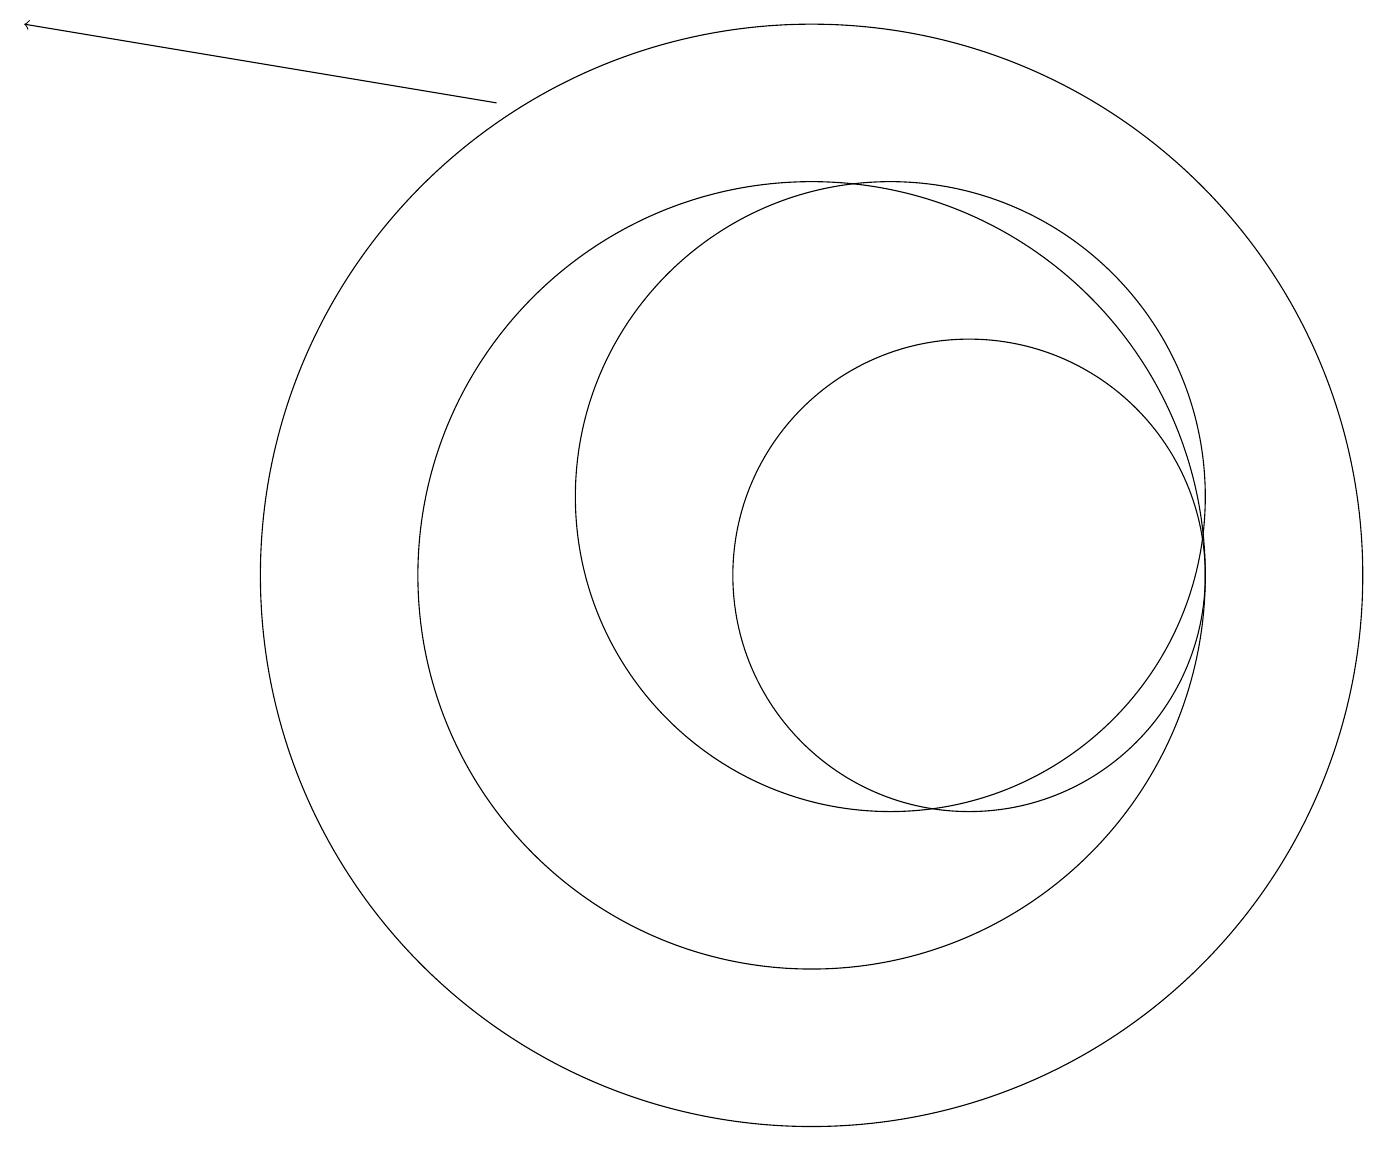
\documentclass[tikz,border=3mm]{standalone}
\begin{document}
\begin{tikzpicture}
\draw (10,10) circle (5);
\draw (1,11) rectangle (1,11);
\draw[->] (6,16) -- (0,17);
\draw (11,11) circle (4);
\draw (12,10) circle (3);
\draw (10,10) circle (7);
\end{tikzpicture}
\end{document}